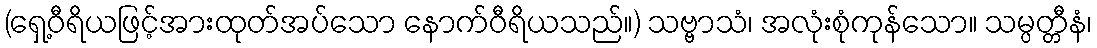
(ရှေ့ဝီရိယဖြင့်အားထုတ်အပ်သော နောက်ဝီရိယသည်။) သဗ္ဗာသံ၊ အလုံးစုံကုန်သော။ သမ္ပတ္တီနံ၊